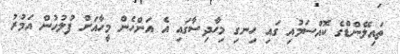
ތައިލޭންޑްގެ ކޮއްސަމުއި ގައި ހިނގި މިހާދިސާގައި އެ އަންހެން މީހާއަށް ފުލުހުން އަމުރު